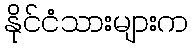
နိုင်ငံသားများက